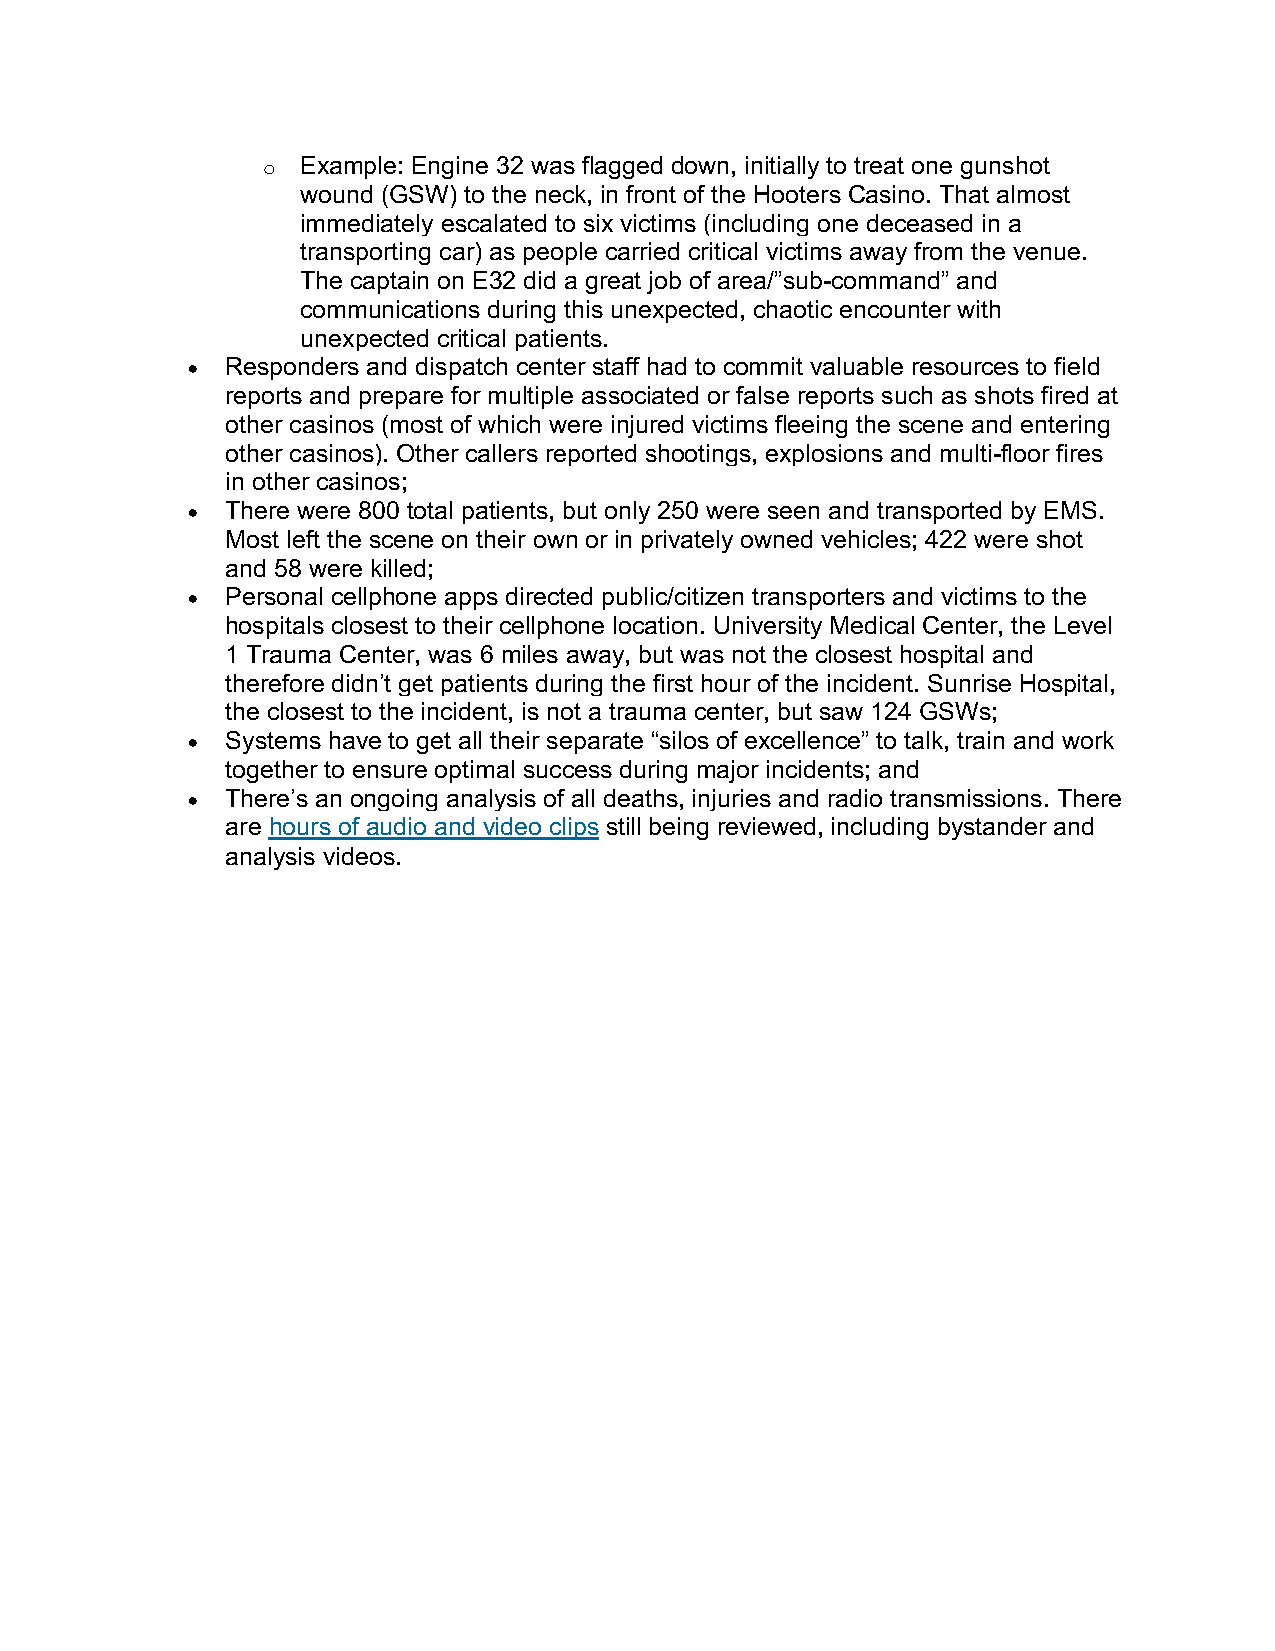
o  Example: Engine 32 was flagged down, initially to treat one gunshot
 wound (GSW) to the neck, in front of the Hooters Casino. That almost
 immediately escalated to six victims (including one deceased in a
 transporting car) as people carried critical victims away from the venue.
 The captain on E32 did a great job of area/”sub-command” and
 communications during this unexpected, chaotic encounter with
 unexpected critical patients.
 •  Responders and dispatch center staff had to commit valuable resources to field
 reports and prepare for multiple associated or false reports such as shots fired at
 other casinos (most of which were injured victims fleeing the scene and entering
 other casinos). Other callers reported shootings, explosions and multi-floor fires
 in other casinos;
 •  There were 800 total patients, but only 250 were seen and transported by EMS.
 Most left the scene on their own or in privately owned vehicles; 422 were shot
 and 58 were killed;
 •  Personal cellphone apps directed public/citizen transporters and victims to the
 hospitals closest to their cellphone location. University Medical Center, the Level
 1 Trauma Center, was 6 miles away, but was not the closest hospital and
 therefore didn’t get patients during the first hour of the incident. Sunrise Hospital,
 the closest to the incident, is not a trauma center, but saw 124 GSWs;
 •  Systems have to get all their separate “silos of excellence” to talk, train and work
 together to ensure optimal success during major incidents; and
 •  There’s an ongoing analysis of all deaths, injuries and radio transmissions. There
 are hours of audio and video clips still being reviewed, including bystander and
 analysis videos.